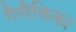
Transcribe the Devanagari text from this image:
गैलैक्तिका